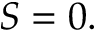
S = 0 .